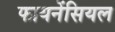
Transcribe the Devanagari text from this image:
फायनेंसियल